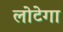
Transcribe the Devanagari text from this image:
लोटेगा